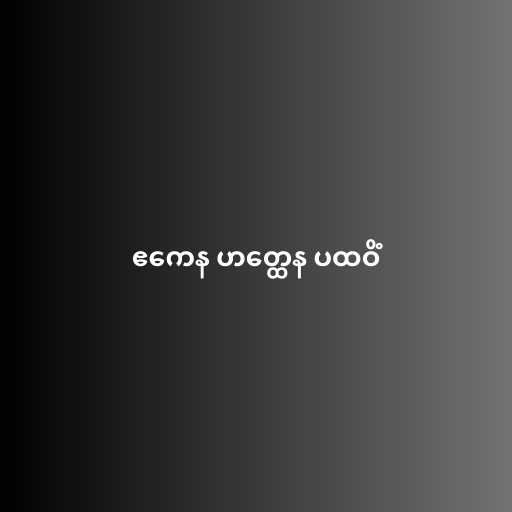
ဧကေန ဟတ္ထေန ပထဝိံ